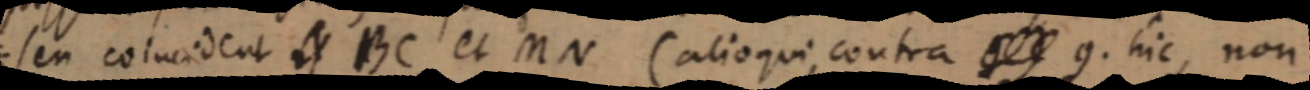
seu coincident et BC et MN (alioqui contra _ con. hic, non